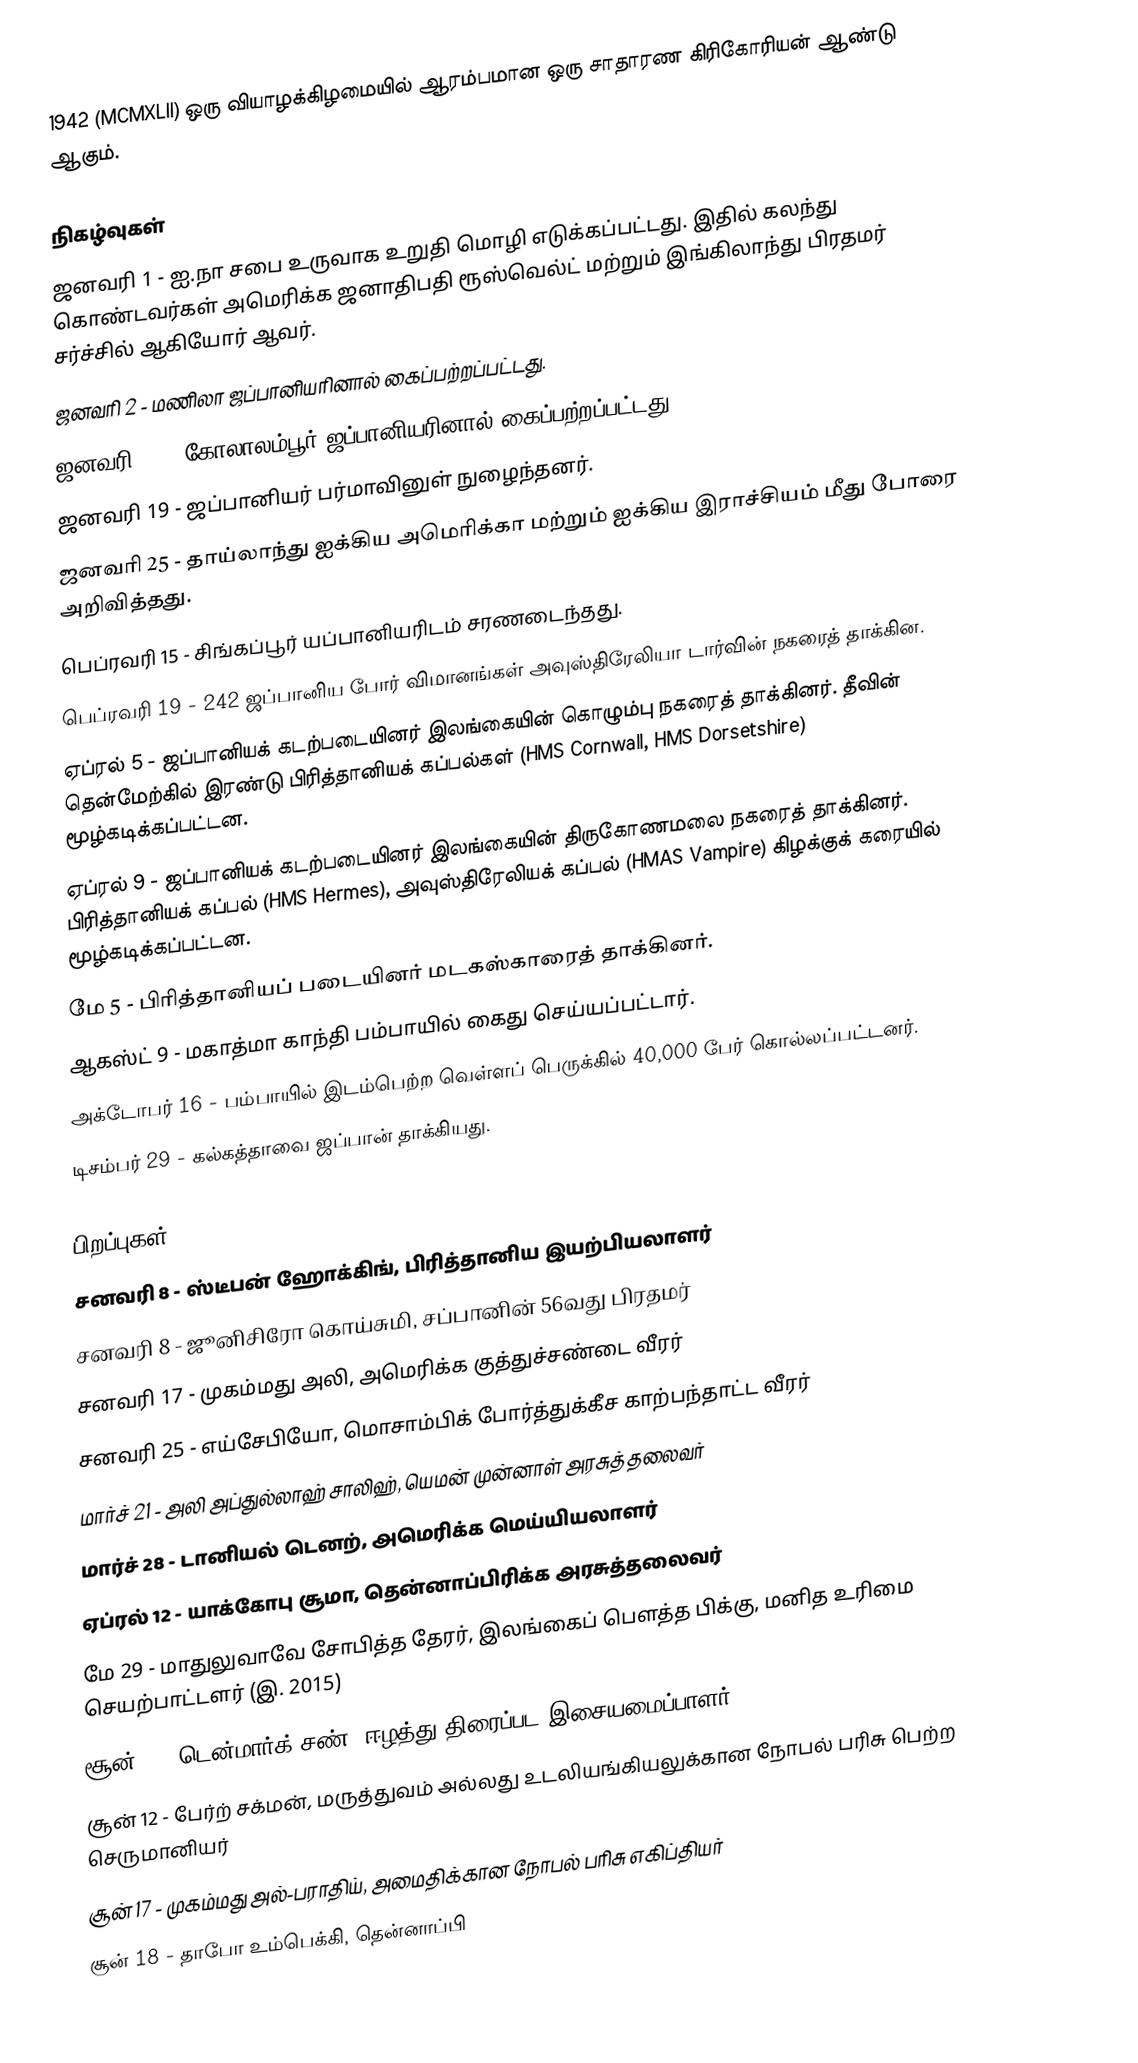
1942  (MCMXLII) ஒரு வியாழக்கிழமையில் ஆரம்பமான ஒரு சாதாரண கிரிகோரியன் ஆண்டு ஆகும்.

நிகழ்வுகள்
 ஜனவரி 1 - ஐ.நா சபை உருவாக உறுதி மொழி எடுக்கப்பட்டது. இதில் கலந்து கொண்டவர்கள் அமெரிக்க ஜனாதிபதி ரூஸ்வெல்ட் மற்றும் இங்கிலாந்து பிரதமர் சர்ச்சில் ஆகியோர் ஆவர்.
 ஜனவரி 2 - மணிலா ஜப்பானியரினால் கைப்பற்றப்பட்டது.
 ஜனவரி 11 - கோலாலம்பூர் ஜப்பானியரினால் கைப்பற்றப்பட்டது.
 ஜனவரி 19 - ஜப்பானியர் பர்மாவினுள் நுழைந்தனர்.
 ஜனவரி 25 - தாய்லாந்து ஐக்கிய அமெரிக்கா மற்றும் ஐக்கிய இராச்சியம் மீது போரை அறிவித்தது.
 பெப்ரவரி 15 - சிங்கப்பூர் யப்பானியரிடம் சரணடைந்தது.
 பெப்ரவரி 19 - 242 ஜப்பானிய போர் விமானங்கள் அவுஸ்திரேலியா டார்வின் நகரைத் தாக்கின.
 ஏப்ரல் 5 - ஜப்பானியக் கடற்படையினர் இலங்கையின் கொழும்பு நகரைத் தாக்கினர். தீவின் தென்மேற்கில் இரண்டு பிரித்தானியக் கப்பல்கள் (HMS Cornwall, HMS Dorsetshire) மூழ்கடிக்கப்பட்டன.
 ஏப்ரல் 9 - ஜப்பானியக் கடற்படையினர் இலங்கையின் திருகோணமலை நகரைத் தாக்கினர். பிரித்தானியக் கப்பல் (HMS Hermes), அவுஸ்திரேலியக் கப்பல் (HMAS Vampire) கிழக்குக் கரையில் மூழ்கடிக்கப்பட்டன.
 மே 5 - பிரித்தானியப் படையினர் மடகஸ்காரைத் தாக்கினர்.
 ஆகஸ்ட் 9 - மகாத்மா காந்தி பம்பாயில் கைது செய்யப்பட்டார்.
 அக்டோபர் 16 - பம்பாயில் இடம்பெற்ற வெள்ளப் பெருக்கில் 40,000 பேர் கொல்லப்பட்டனர்.
 டிசம்பர் 29 - கல்கத்தாவை ஜப்பான் தாக்கியது.

பிறப்புகள்
 சனவரி 8 - ஸ்டீபன் ஹோக்கிங், பிரித்தானிய இயற்பியலாளர்
 சனவரி 8 - ஜூனிசிரோ கொய்சுமி, சப்பானின் 56வது பிரதமர்
 சனவரி 17 - முகம்மது அலி, அமெரிக்க குத்துச்சண்டை வீரர்
 சனவரி 25 - எய்சேபியோ, மொசாம்பிக் போர்த்துக்கீச காற்பந்தாட்ட வீரர்
 மார்ச் 21 - அலி அப்துல்லாஹ் சாலிஹ், யெமன் முன்னாள் அரசுத்தலைவர்
 மார்ச் 28 - டானியல் டெனற், அமெரிக்க மெய்யியலாளர்
 ஏப்ரல் 12 - யாக்கோபு சூமா, தென்னாப்பிரிக்க அரசுத்தலைவர்
 மே 29 - மாதுலுவாவே சோபித்த தேரர், இலங்கைப் பௌத்த பிக்கு, மனித உரிமை செயற்பாட்டளர் (இ. 2015)
 சூன் 2 - டென்மார்க் சண், ஈழத்து திரைப்பட இசையமைப்பாளர்.
 சூன் 12 - பேர்ற் சக்மன், மருத்துவம் அல்லது உடலியங்கியலுக்கான நோபல் பரிசு பெற்ற செருமானியர்
 சூன் 17 - முகம்மது அல்-பராதிய், அமைதிக்கான நோபல் பரிசு எகிப்தியர்
 சூன் 18 - தாபோ உம்பெக்கி, தென்னாப்பி